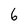
Character: 6